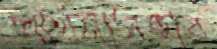
প্রার্থনাসভায়